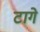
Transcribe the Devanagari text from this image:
टागे